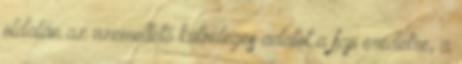
oldalán az üzemeltető különleges adatot a faji eredetre, a